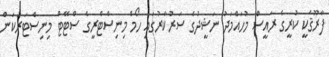
ފާރޫޤަކީ ކުރީގެ ރައީސް މުހައްމަދު ނަޝީދުގެ ސަރުކާރުގައި ހޯމް މިނިސްޓްރީގެ ސްޓޭޓް މިނިސްޓަރުކަން